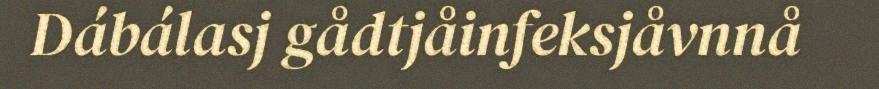
Dábálasj gådtjåinfeksjåvnnå